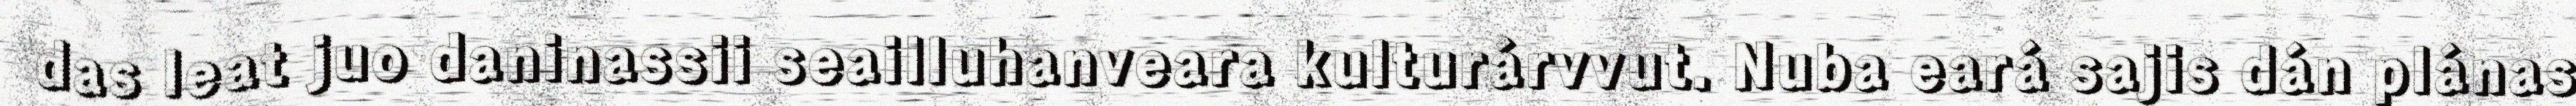
das leat juo daninassii seailluhanveara kulturárvvut. Nuba eará sajis dán plánas